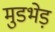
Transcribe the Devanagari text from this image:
मुडभेड़